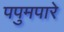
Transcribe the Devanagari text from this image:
पपुमपारे